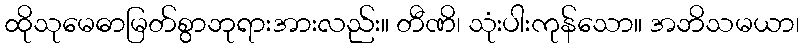
ထိုသုမေဓာမြတ်စွာဘုရားအားလည်း။ တီဏိ၊ သုံးပါးကုန်သော။ အဘိသမယာ၊